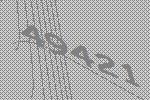
49421